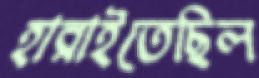
হারাইতেছিল